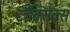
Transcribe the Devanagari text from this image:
टॉक्सिक्स